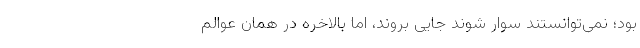
بود؛ نمی‌توانستند سوار شوند جایی بروند، اما بالاخره در همان عوالم